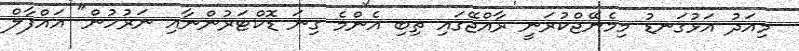
މިއަދު އަޅުގަނޑު މިމެނޭޖްކުރަނީ ރާއްޖޭގައި ތިބި އެންމެ ގިނަ ޑޮކްޓަރުންނާއި ނަރުހުން" އައްފާލް